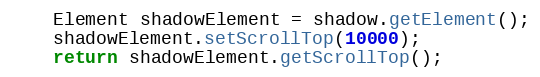
Language: Java
	Element shadowElement = shadow.getElement();
	shadowElement.setScrollTop(10000);
	return shadowElement.getScrollTop();